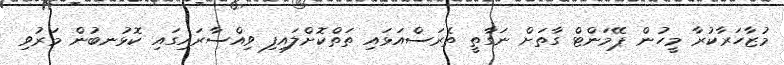
މުޒާހަރާކުރާ މީހުން ޕޭމަންޓް ގާތަށް ނަގާތީ ތެރަސްއަޅައި ތަތްކޮށްލައިފި ވިއްސާރައިގައި ކޮޅުނބުން މަރުވި